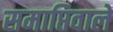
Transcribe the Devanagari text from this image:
समाप्तिवाले